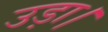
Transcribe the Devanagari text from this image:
उड़ा।